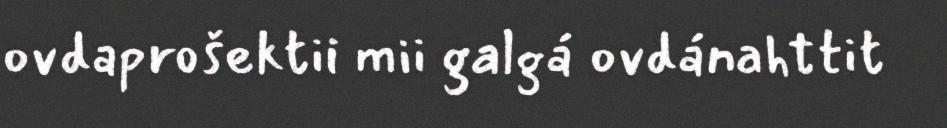
ovdaprošektii mii galgá ovdánahttit